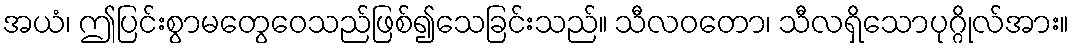
အယံ၊ ဤပြင်းစွာမတွေဝေသည်ဖြစ်၍သေခြင်းသည်။ သီလဝတော၊ သီလရှိသောပုဂ္ဂိုလ်အား။